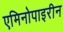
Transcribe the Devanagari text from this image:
एमिनोपाइरीन